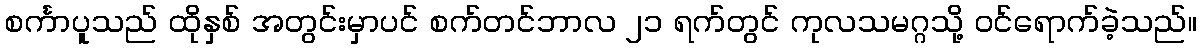
စင်္ကာပူသည် ထိုနှစ် အတွင်းမှာပင် စက်တင်ဘာလ ၂၁ ရက်တွင် ကုလသမဂ္ဂသို့ ဝင်ရောက်ခဲ့သည်။